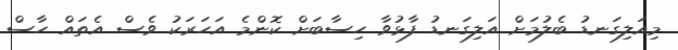
މިއަލިގަނޑު ބެލުމަށް އަލިގަނޑު ފާޅުވާ ހިސާބަށް ކޮންމެ އަހަރަކު ވެސް އެތައް ހާސް